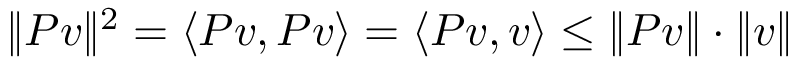
\| P v \| ^ { 2 } = \langle P v , P v \rangle = \langle P v , v \rangle \leq \| P v \| \cdot \| v \|